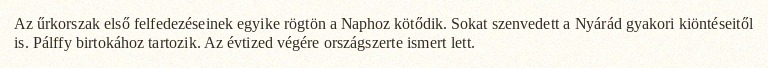
Az űrkorszak első felfedezéseinek egyike rögtön a Naphoz kötődik. Sokat szenvedett a Nyárád gyakori kiöntéseitől is. Pálffy birtokához tartozik. Az évtized végére országszerte ismert lett.